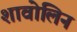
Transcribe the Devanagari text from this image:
शावोलिन